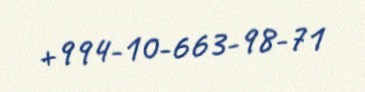
+994-10-663-98-71